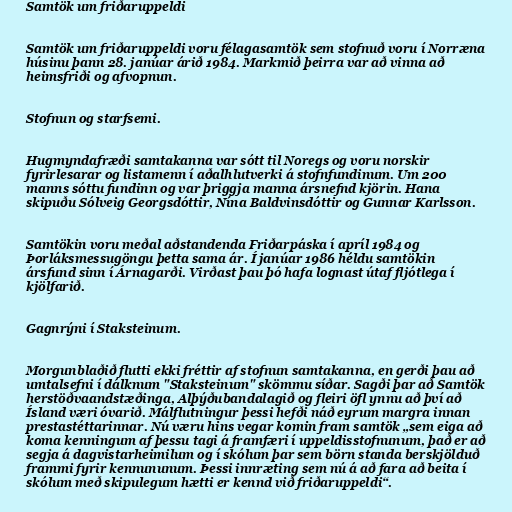
Samtök um friðaruppeldi

Samtök um friðaruppeldi voru félagasamtök sem stofnuð voru í Norræna
húsinu þann 28. janúar árið 1984. Markmið þeirra var að vinna að
heimsfriði og afvopnun.

Stofnun og starfsemi.

Hugmyndafræði samtakanna var sótt til Noregs og voru norskir
fyrirlesarar og listamenn í aðalhlutverki á stofnfundinum. Um 200
manns sóttu fundinn og var þriggja manna ársnefnd kjörin. Hana
skipuðu Sólveig Georgsdóttir, Nína Baldvinsdóttir og Gunnar Karlsson.

Samtökin voru meðal aðstandenda Friðarpáska í apríl 1984 og
Þorláksmessugöngu þetta sama ár. Í janúar 1986 héldu samtökin
ársfund sinn í Árnagarði. Virðast þau þó hafa lognast útaf fljótlega í
kjölfarið.

Gagnrýni í Staksteinum.

Morgunblaðið flutti ekki fréttir af stofnun samtakanna, en gerði þau að
umtalsefni í dálknum "Staksteinum" skömmu síðar. Sagði þar að Samtök
herstöðvaandstæðinga, Alþýðubandalagið og fleiri öfl ynnu að því að
Ísland væri óvarið. Málflutningur þessi hefði náð eyrum margra innan
prestastéttarinnar. Nú væru hins vegar komin fram samtök „sem eiga að
koma kenningum af þessu tagi á framfæri í uppeldisstofnunum, það er að
segja á dagvistarheimilum og í skólum þar sem börn standa berskjölduð
frammi fyrir kennununum. Þessi innræting sem nú á að fara að beita í
skólum með skipulegum hætti er kennd við friðaruppeldi“.